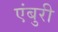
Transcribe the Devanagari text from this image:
एंबुरी